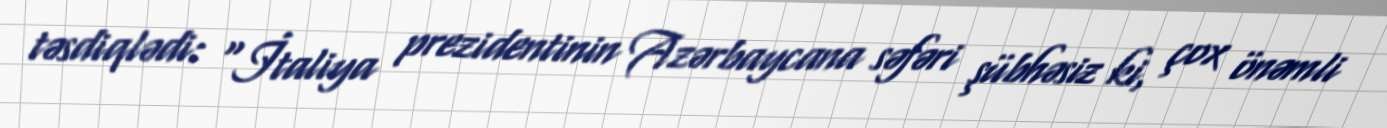
təsdiqlədi: “İtaliya prezidentinin Azərbaycana səfəri şübhəsiz ki, çox önəmli